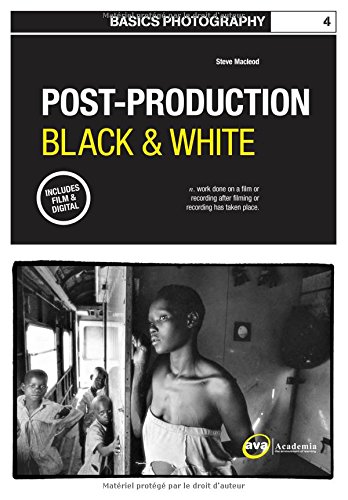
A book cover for Basics Photography 04: Post Production Black & White (Basics Photography 1); Steve McLeod; Arts & Photography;